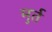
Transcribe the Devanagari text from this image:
मुर्त